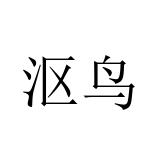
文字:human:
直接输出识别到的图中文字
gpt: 沤鸟